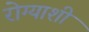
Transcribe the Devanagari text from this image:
रोग्याशी